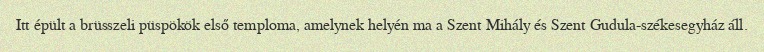
Itt épült a brüsszeli püspökök első temploma, amelynek helyén ma a Szent Mihály és Szent Gudula-székesegyház áll.